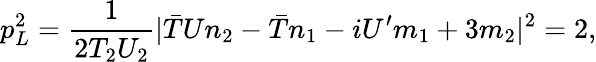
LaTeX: p_{L}^{2}=\frac{1}{2T_{2}U_{2}}|{\bar{T}}Un_{2}-{\bar{T}}n_{1}-iU^{\prime}m_{1}+3m_{2}|^{2}=2,